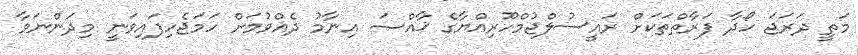
މަތީ ދަރަޖަ ހޯދާ ފަރާތްތަކަށް ރައީސުލްޖުމްހޫރިއްޔާގެ ޚާއްޞަ އިނާމު ދެއްވުމަށް ހަމަޖެހިފައިވަނީ މިދަންނަވާ